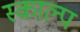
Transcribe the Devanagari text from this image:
स्काल्प